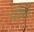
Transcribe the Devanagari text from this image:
डाकेने